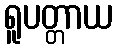
ရူပတ္တာယ